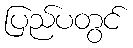
ပြည်ပတွင်